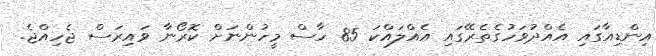
އިންޑިއާގައި އެއްދުވަހުގެތެރޭގައި އެއްލައްކަ 85 ހާސް މީހުންނަށް ކޮރޯނާ ވައިރަސް ޖެހިއްޖެ.